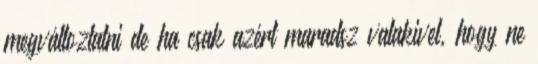
megváltoztatni de ha csak azért maradsz valakivel, hogy ne